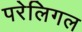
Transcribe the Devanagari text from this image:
परेलिगल